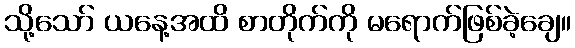
သို့သော် ယနေ့အထိ စာတိုက်ကို မရောက်ဖြစ်ခဲ့ချေ။